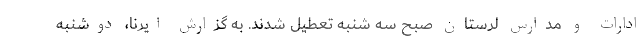
ادارات و مدارس لرستان صبح سه شنبه تعطیل شدند. به گزارش ایرنا، دوشنبه